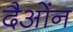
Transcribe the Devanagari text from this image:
दैओंन